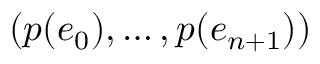
( p ( e _ { 0 } ) , \dots , p ( e _ { n + 1 } ) )